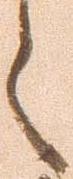
々